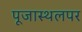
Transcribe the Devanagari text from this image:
पूजास्थलपर